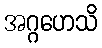
အဂ္ဂဟေသိ